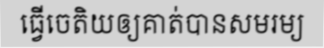
ធ្វើចេតិយឲ្យគាត់បានសមរម្យ